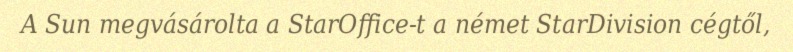
A Sun megvásárolta a StarOffice-t a német StarDivision cégtől,